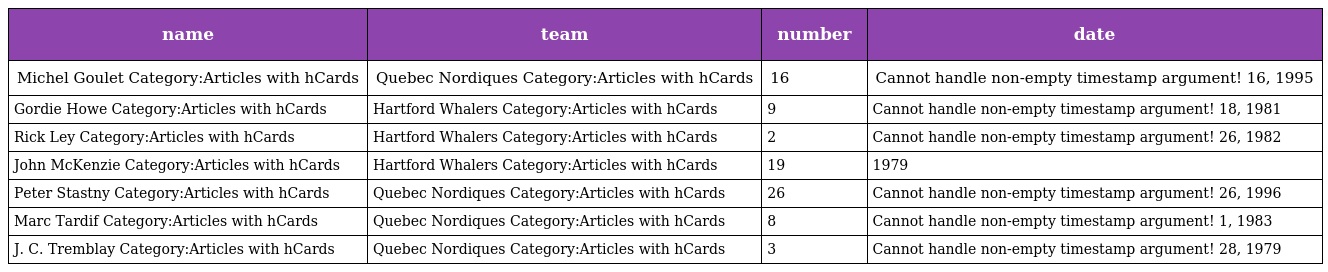
| name | team | number | date |
 | --- | --- | --- | --- |
 | Michel Goulet Category:Articles with hCards | Quebec Nordiques Category:Articles with hCards | 16 | Cannot handle non-empty timestamp argument! 16, 1995 |
 | Gordie Howe Category:Articles with hCards | Hartford Whalers Category:Articles with hCards | 9 | Cannot handle non-empty timestamp argument! 18, 1981 |
 | Rick Ley Category:Articles with hCards | Hartford Whalers Category:Articles with hCards | 2 | Cannot handle non-empty timestamp argument! 26, 1982 |
 | John McKenzie Category:Articles with hCards | Hartford Whalers Category:Articles with hCards | 19 | 1979 |
 | Peter Stastny Category:Articles with hCards | Quebec Nordiques Category:Articles with hCards | 26 | Cannot handle non-empty timestamp argument! 26, 1996 |
 | Marc Tardif Category:Articles with hCards | Quebec Nordiques Category:Articles with hCards | 8 | Cannot handle non-empty timestamp argument! 1, 1983 |
 | J. C. Tremblay Category:Articles with hCards | Quebec Nordiques Category:Articles with hCards | 3 | Cannot handle non-empty timestamp argument! 28, 1979 |